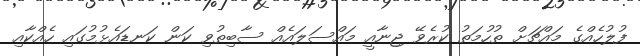
ފުލުހެއްގެ މައްޗަށް ތުހުމަތު ކުރެވޭ ޖިނާއީ މައްސަލައެއް ސާބިތުވި ކަން ކަނޑައެޅުމުގައި ހެއްކާއި